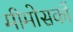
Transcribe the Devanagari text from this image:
मीमोसकों